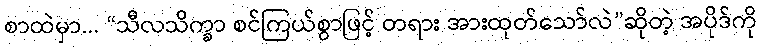
စာထဲမှာ... “သီလသိက္ခာ စင်ကြယ်စွာဖြင့် တရား အားထုတ်သော်လဲ”ဆိုတဲ့ အပိုဒ်ကို